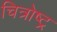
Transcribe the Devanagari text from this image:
चित्रोष्ट्र